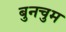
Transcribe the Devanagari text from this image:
बुनचुम